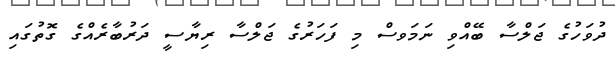
ދުވަހުގެ ޖަލްސާ ބޭއްވި ނަމަވސް މި ފަހަރުގެ ޖަލްސާ ރިޔާސީ ދަރުބާރެއްގެ ގޮތުގައި